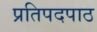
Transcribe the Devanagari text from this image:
प्रतिपदपाठ